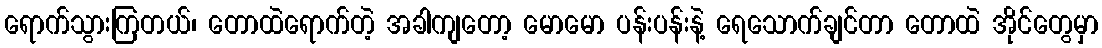
ရောက်သွားကြတယ်၊ တောထဲရောက်တဲ့ အခါကျတော့ မောမော ပန်းပန်းနဲ့ ရေသောက်ချင်တာ တောထဲ အိုင်တွေမှာ